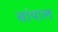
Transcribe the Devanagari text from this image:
सांयाल